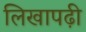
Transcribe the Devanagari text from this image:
लिखापढ़ी